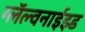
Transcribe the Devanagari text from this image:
ग्लॅल्वनाईझ्ड